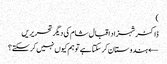
)
ڈاکٹر شہزاد اقبال شام کی دیگر تحریریں
← ہندوستان کر سکتا ہے تو ہم کیوں نہیں کر سکتے؟